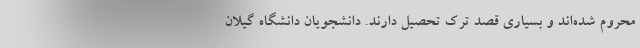
محروم شده‌اند و بسیاری قصد ترک تحصیل دارند. دانشجویان دانشگاه گیلان